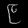
Digit: ၉